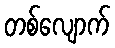
တစ်လျောက်